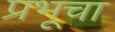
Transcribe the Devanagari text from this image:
प्रभूचा